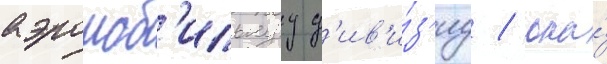
аэромоб'ильнуу д'ив'и́з'иу / она́